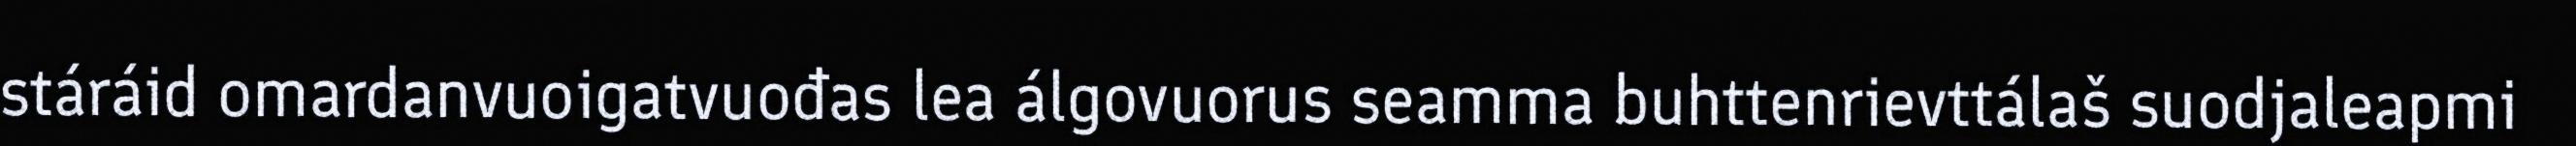
stáráid omardanvuoigatvuođas lea álgovuorus seamma buhttenrievttálaš suodjaleapmi